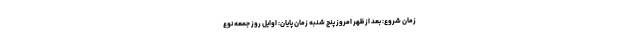
زمان شروع: بعد از ظهر امروز پنج شنبه زمان پایان: اوایل روز جمعه نوع